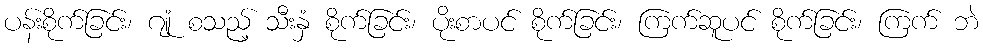
ပန်းစိုက်ခြင်း၊ ဂျုံ စသည့် သီးနှံ စိုက်ခြင်း၊ ပိုးစာပင် စိုက်ခြင်း၊ ကြက်ဆူပင် စိုက်ခြင်း၊ ကြက် ဘဲ